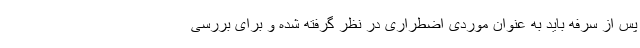
پس از سرفه باید به عنوان موردی اضطراری در نظر گرفته شده و برای بررسی